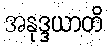
အနုဒ္ဒယာတိ